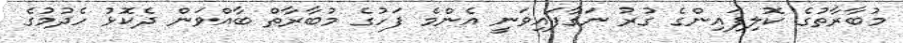
މުބާރާތުގެ ކޮލިފައިންގެ ގުރު ނަގާފައިވަނީ އެންމެ ފަހުގެ މުބާރާތް ބާއްވަން ދެކޮޅު ހެދުމުގެ